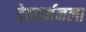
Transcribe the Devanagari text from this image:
देववर्मनला